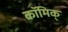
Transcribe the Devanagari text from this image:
कॉमिक्